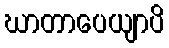
ဃာတာပေယျာပိ